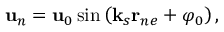
{ \bf u } _ { n } = { \bf u } _ { 0 } \sin \left( { \bf k } _ { s } { \bf r } _ { n e } + \varphi _ { 0 } \right) ,